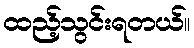
ထည့်သွင်းရတယ်။